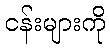
ငန်းများကို